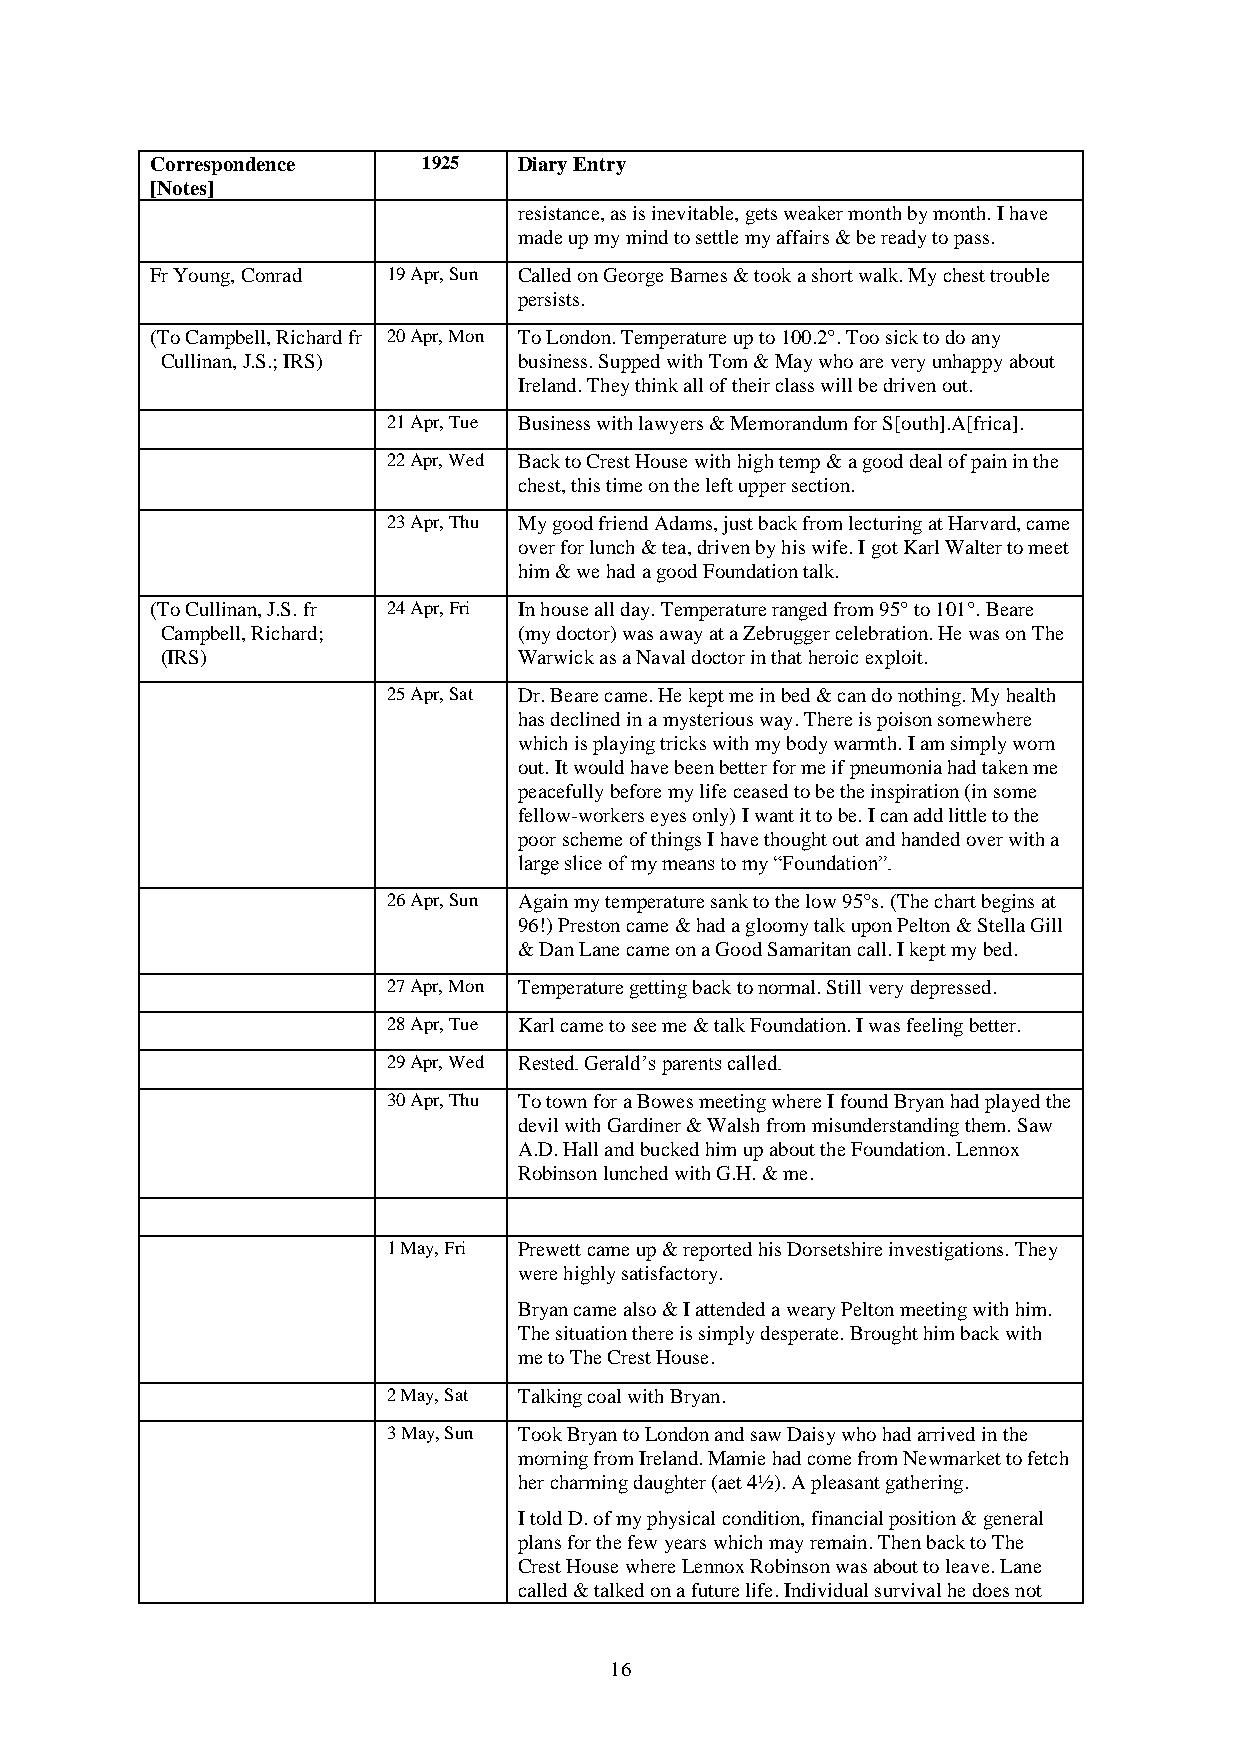
Correspondence    1925  Diary Entry
 [Notes]
 resistance, as is inevitable, gets weaker month by month. I have
 made up my mind to settle my affairs & be ready to pass.
 Fr Young, Conrad 19 Apr, Sun Called on George Barnes & took a short walk. My chest trouble
 persists.
 (To Campbell, Richard fr 20 Apr, Mon To London. Temperature up to 100.2°. Too sick to do any
 Cullinan, J.S.; IRS)   business. Supped with Tom & May who are very unhappy about
 Ireland. They think all of their class will be driven out.
 21 Apr, Tue Business with lawyers & Memorandum for S[outh].A[frica].
 22 Apr, Wed Back to Crest House with high temp & a good deal of pain in the
 chest, this time on the left upper section.
 23 Apr, Thu My good friend Adams, just back from lecturing at Harvard, came
 over for lunch & tea, driven by his wife. I got Karl Walter to meet
 him & we had a good Foundation talk.
 (To Cullinan, J.S. fr 24 Apr, Fri In house all day. Temperature ranged from 95° to 101°. Beare
 Campbell, Richard;     (my doctor) was away at a Zebrugger celebration. He was on The
 (IRS)                  Warwick as a Naval doctor in that heroic exploit.
 25 Apr, Sat Dr. Beare came. He kept me in bed & can do nothing. My health
 has declined in a mysterious way. There is poison somewhere
 which is playing tricks with my body warmth. I am simply worn
 out. It would have been better for me if pneumonia had taken me
 peacefully before my life ceased to be the inspiration (in some
 fellow-workers eyes only) I want it to be. I can add little to the
 poor scheme of things I have thought out and handed over with a
 large slice of my means to my “Foundation”.
 26 Apr, Sun Again my temperature sank to the low 95°s. (The chart begins at
 96!) Preston came & had a gloomy talk upon Pelton & Stella Gill
 & Dan Lane came on a Good Samaritan call. I kept my bed.
 27 Apr, Mon Temperature getting back to normal. Still very depressed.
 28 Apr, Tue Karl came to see me & talk Foundation. I was feeling better.
 29 Apr, Wed Rested. Gerald’s parents called.
 30 Apr, Thu To town for a Bowes meeting where I found Bryan had played the
 devil with Gardiner & Walsh from misunderstanding them. Saw
 A.D. Hall and bucked him up about the Foundation. Lennox
 Robinson lunched with G.H. & me.
 1 May, Fri Prewett came up & reported his Dorsetshire investigations. They
 were highly satisfactory.
 Bryan came also & I attended a weary Pelton meeting with him.
 The situation there is simply desperate. Brought him back with
 me to The Crest House.
 2 May, Sat Talking coal with Bryan.
 3 May, Sun Took Bryan to London and saw Daisy who had arrived in the
 morning from Ireland. Mamie had come from Newmarket to fetch
 her charming daughter (aet 4½). A pleasant gathering.
 I told D. of my physical condition, financial position & general
 plans for the few years which may remain. Then back to The
 Crest House where Lennox Robinson was about to leave. Lane
 called & talked on a future life. Individual survival he does not
 16